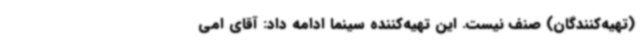
(تهیه‌کنندگان) صنف نیست. این تهیه‌کننده سینما ادامه داد: آقای امی